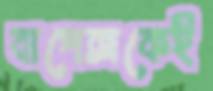
বাপেক্সকেই